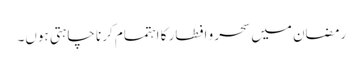
رمضان میں سحر و افطار کا اہتمام کرنا چاہتی ہوں۔